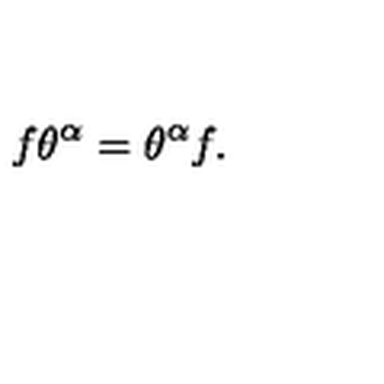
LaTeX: f \theta ^ { \alpha } = \theta ^ { \alpha } f .